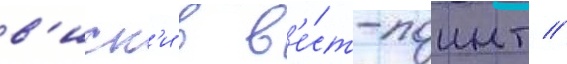
в'иск'и в в'е́ст-поинт //